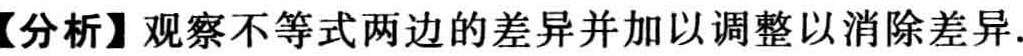
【分析】观察不等式两边的差异并加以调整以消除差异.